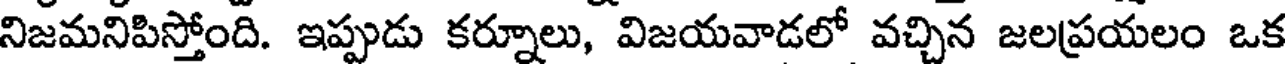
నిజమనిపిస్తోంది. ఇప్పుడు కర్నూలు, విజయవాడలో వచ్చిన జలప్రయలం ఒక